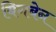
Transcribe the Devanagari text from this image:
बिगबेन